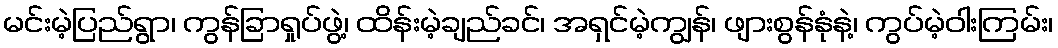
မင်းမဲ့ပြည်ရွာ၊ ကွန်ခြာရှုပ်ဖွဲ့၊ ထိန်းမဲ့ချည်ခင်၊ အရှင်မဲ့ကျွန်၊ ဖျားစွန်နုံနဲ့၊ ကွပ်မဲ့ဝါးကြမ်း၊